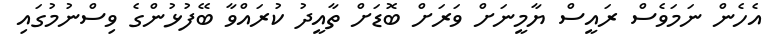
އެހެން ނަމަވެސް ރައީސް ޔާމީނަށް ވަރަށް ބޮޑަށް ތާއީދު ކުރައްވާ ބޭފުޅުންގެ ވިސްނުމުގައި